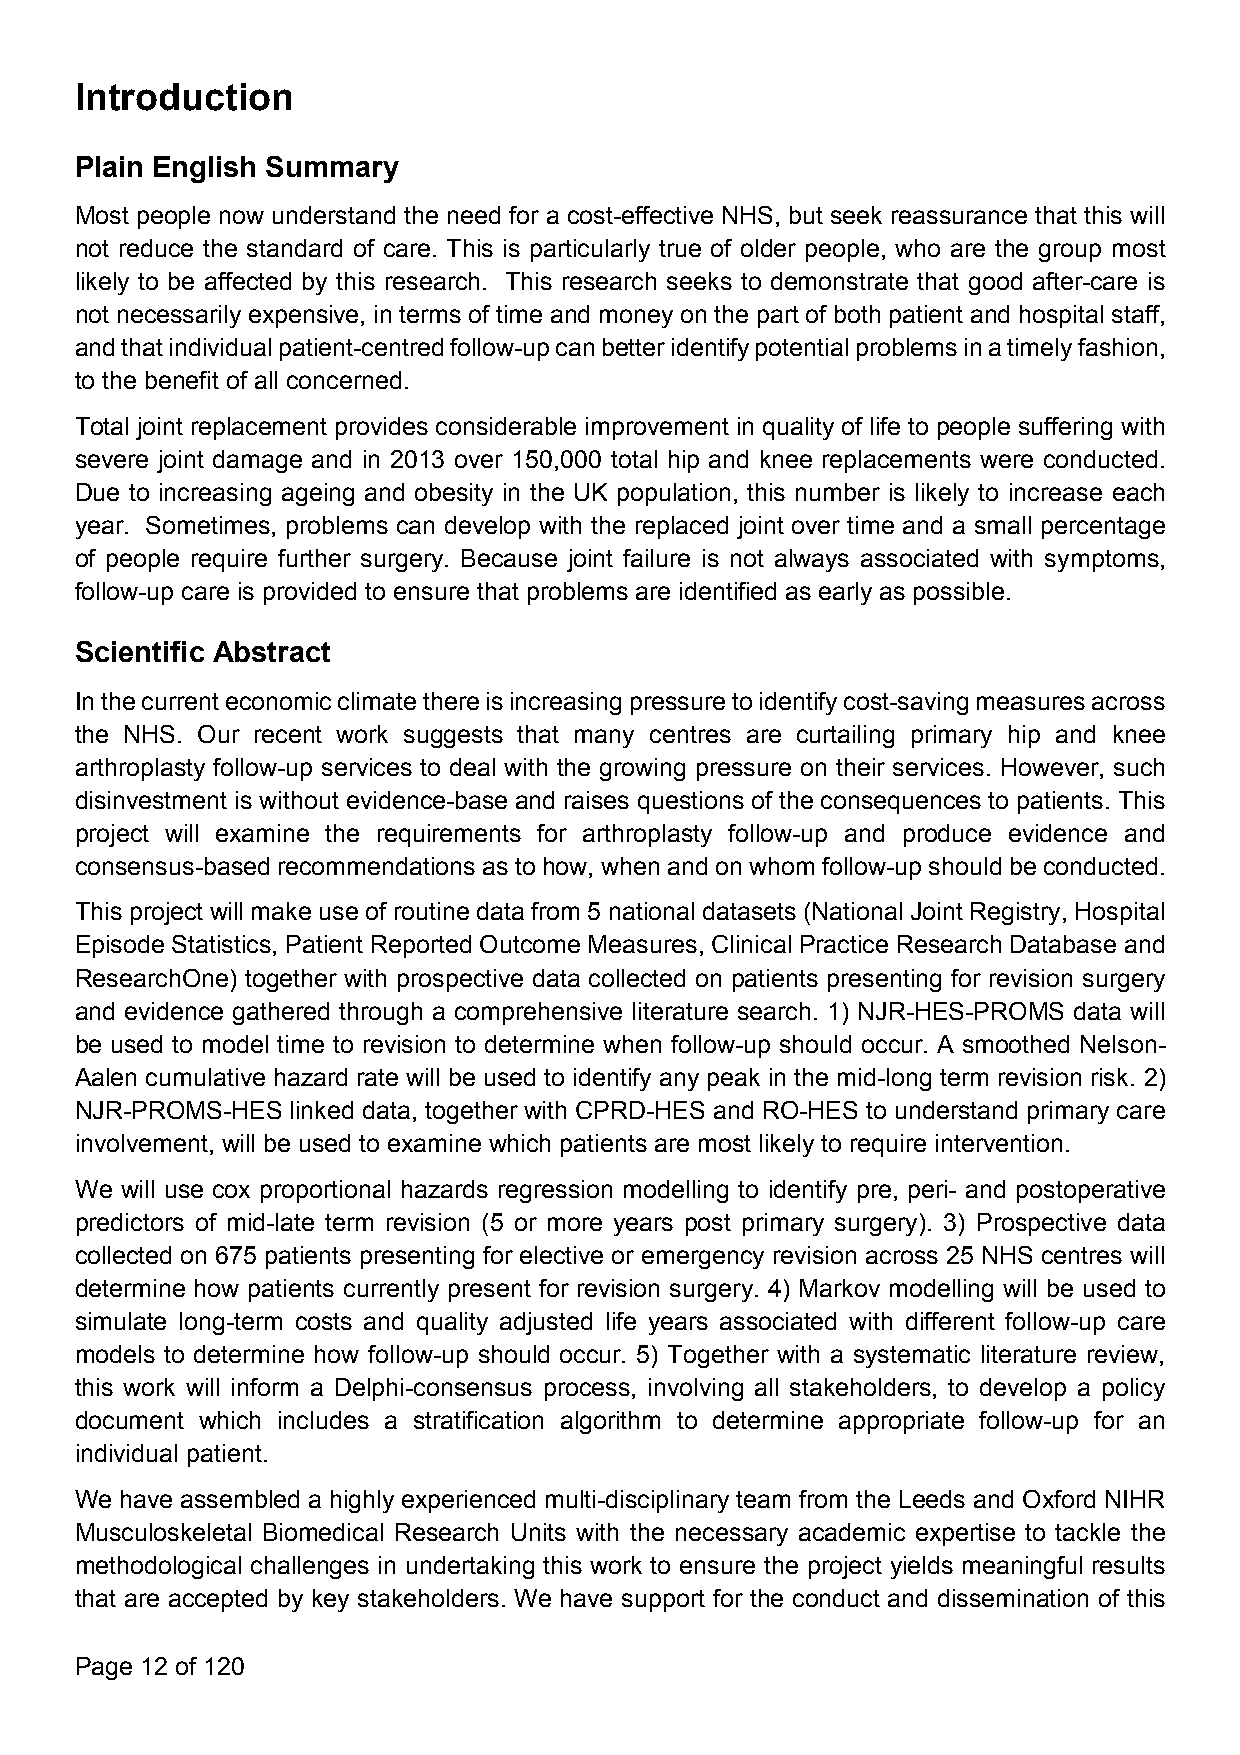
Introduction
 Plain English Summary
 Most people now understand the need for a cost-effective NHS, but seek reassurance that this will
 not reduce the standard of care. This is particularly true of older people, who are the group most
 likely to be affected by this research. This research seeks to demonstrate that good after-care is
 not necessarily expensive, in terms of time and money on the part of both patient and hospital staff,
 andthatindividualpatient-centredfollow-upcanbetteridentifypotentialproblemsinatimelyfashion,
 to the benefit of all concerned.
 Total joint replacement provides considerable improvement in quality of life to people suffering with
 severe joint damage and in 2013 over 150,000 total hip and knee replacements were conducted.
 Due to increasing ageing and obesity in the UK population, this number is likely to increase each
 year. Sometimes, problems can develop with the replaced joint over time and a small percentage
 of people require further surgery. Because joint failure is not always associated with symptoms,
 follow-up care is provided to ensure that problems are identified as early as possible.
 Scientific Abstract
 Inthecurrenteconomicclimatethereisincreasingpressuretoidentifycost-savingmeasuresacross
 the NHS. Our recent work suggests that many centres are curtailing primary hip and knee
 arthroplasty follow-up services to deal with the growing pressure on their services. However, such
 disinvestment is without evidence-base and raises questions of the consequences to patients. This
 project will examine the requirements for arthroplasty follow-up and produce evidence and
 consensus-based recommendationsasto how, when and on whomfollow-up should be conducted.
 This project will make use of routine data from 5 national datasets (National Joint Registry, Hospital
 Episode Statistics, Patient Reported Outcome Measures, Clinical Practice Research Database and
 ResearchOne) together with prospective data collected on patients presenting for revision surgery
 and evidence gathered through a comprehensive literature search. 1) NJR-HES-PROMS data will
 be used to model time to revision to determine when follow-up should occur. A smoothed Nelson-
 Aalen cumulative hazard rate will be used to identify any peak in the mid-long term revision risk. 2)
 NJR-PROMS-HES linked data, together with CPRD-HES and RO-HES to understand primary care
 involvement, will be used to examine which patients are most likely to require intervention.
 We will use cox proportional hazards regression modelling to identify pre, peri- and postoperative
 predictors of mid-late term revision (5 or more years post primary surgery). 3) Prospective data
 collected on 675 patients presenting for elective or emergency revision across 25 NHS centres will
 determine how patients currently present for revision surgery. 4) Markov modelling will be used to
 simulate long-term costs and quality adjusted life years associated with different follow-up care
 models to determine how follow-up should occur. 5) Together with a systematic literature review,
 this work will inform a Delphi-consensus process, involving all stakeholders, to develop a policy
 document which includes a stratification algorithm to determine appropriate follow-up for an
 individual patient.
 We have assembled a highly experienced multi-disciplinary team from the Leeds and Oxford NIHR
 Musculoskeletal Biomedical Research Units with the necessary academic expertise to tackle the
 methodological challenges in undertaking this work to ensure the project yields meaningful results
 that are accepted by key stakeholders. We have support for the conduct and dissemination of this
 Page 12 of 120